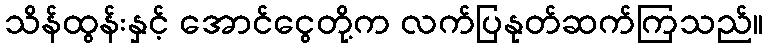
သိန်ထွန်းနှင့် အောင်ငွေတို့က လက်ပြနုတ်ဆက်ကြသည်။